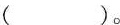
()。